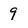
Character: 9